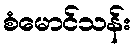
စံမောင်သန်း